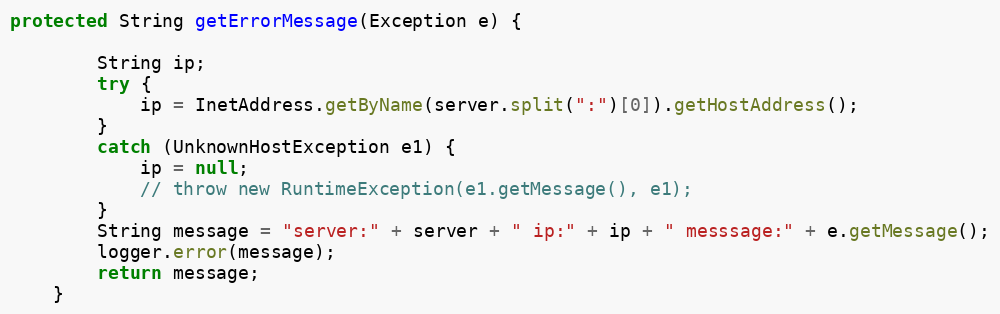
Language: Java
protected String getErrorMessage(Exception e) {

		String ip;
		try {
			ip = InetAddress.getByName(server.split(":")[0]).getHostAddress();
		}
		catch (UnknownHostException e1) {
			ip = null;
			// throw new RuntimeException(e1.getMessage(), e1);
		}
		String message = "server:" + server + " ip:" + ip + " messsage:" + e.getMessage();
		logger.error(message);
		return message;
	}